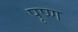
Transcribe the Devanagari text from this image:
पूष्ण